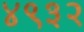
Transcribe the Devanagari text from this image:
४९३२